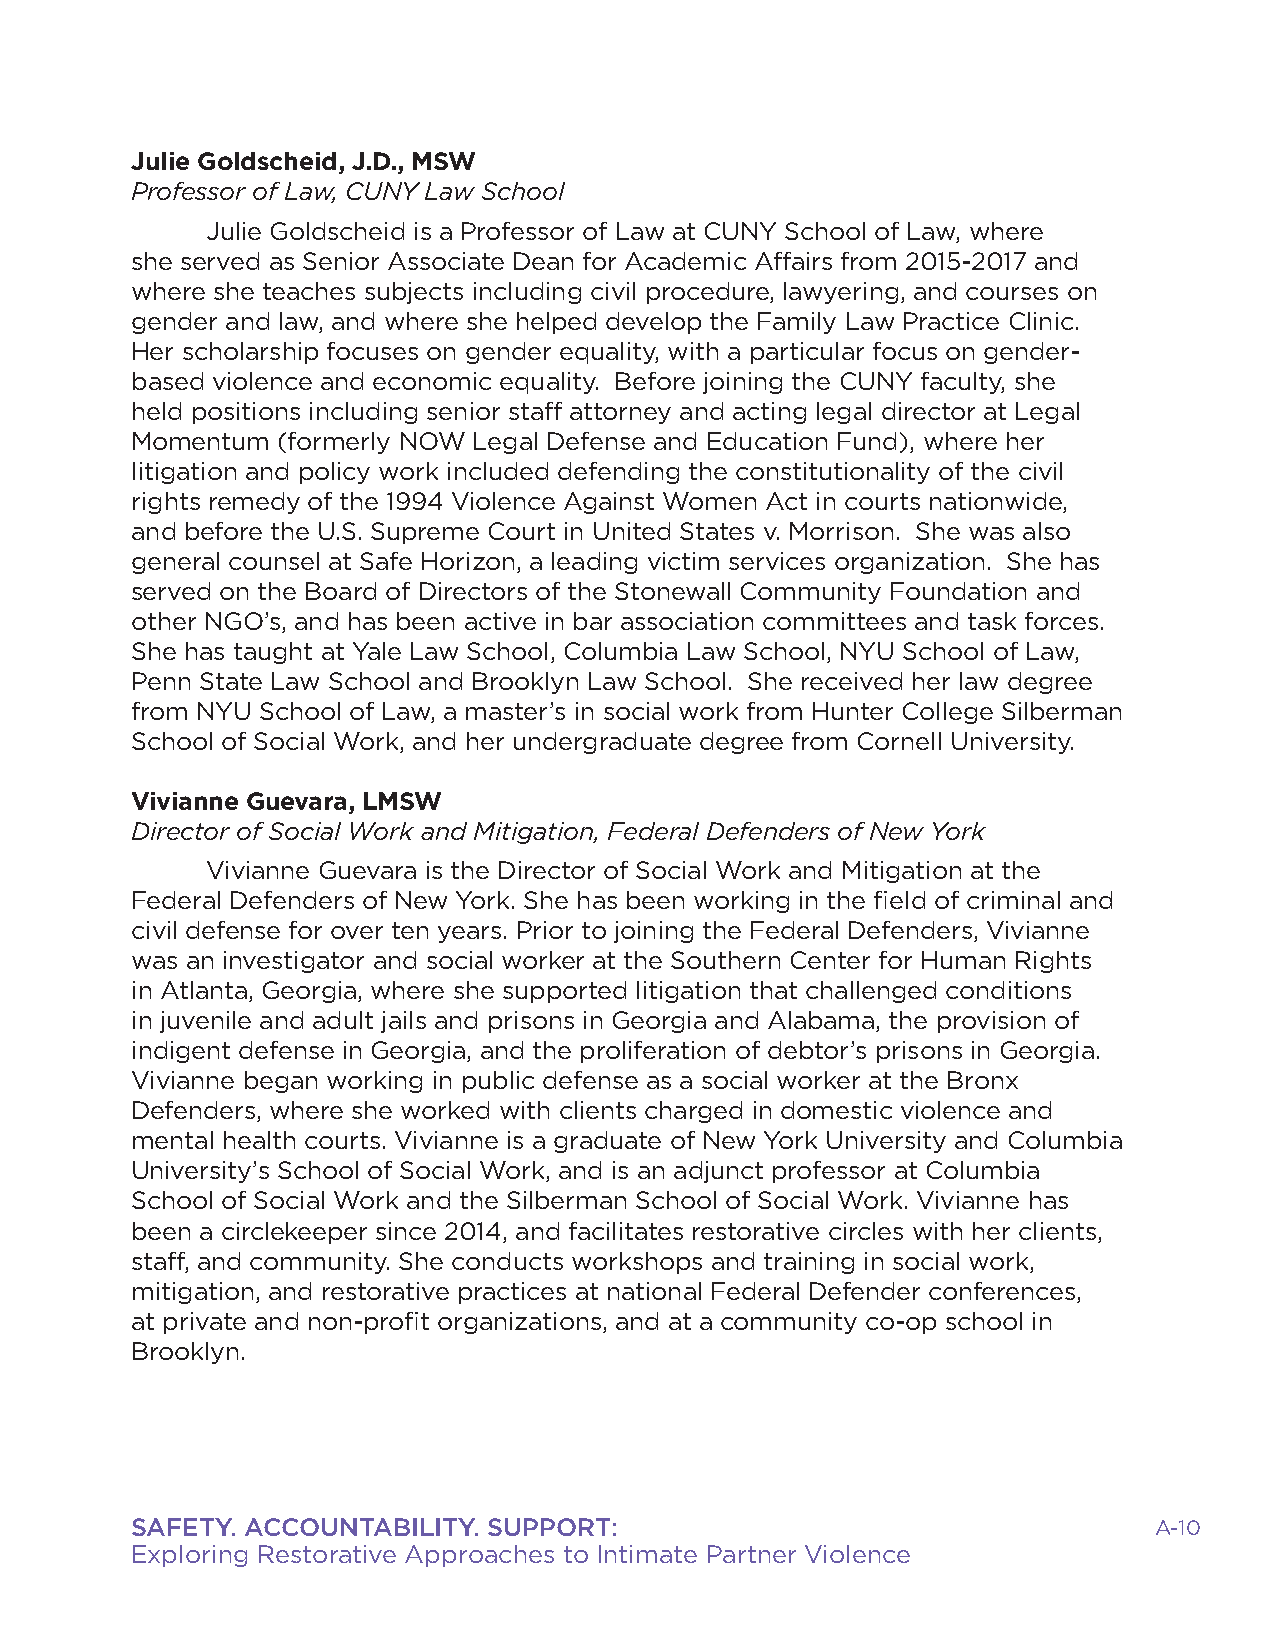
Julie Goldscheid, J.D., MSW
 Professor of Law, CUNY Law School
 Julie Goldscheid is a Professor of Law at CUNY School of Law, where
 she served as Senior Associate Dean for Academic Affairs from 2015-2017 and
 where she teaches subjects including civil procedure, lawyering, and courses on
 gender and law, and where she helped develop the Family Law Practice Clinic.
 Her scholarship focuses on gender equality, with a particular focus on gender-
 based violence and economic equality. Before joining the CUNY faculty, she
 held positions including senior staff attorney and acting legal director at Legal
 Momentum (formerly NOW Legal Defense and Education Fund), where her
 litigation and policy work included defending the constitutionality of the civil
 rights remedy of the 1994 Violence Against Women Act in courts nationwide,
 and before the U.S. Supreme Court in United States v. Morrison. She was also
 general counsel at Safe Horizon, a leading victim services organization. She has
 served on the Board of Directors of the Stonewall Community Foundation and
 other NGO’s, and has been active in bar association committees and task forces.
 She has taught at Yale Law School, Columbia Law School, NYU School of Law,
 Penn State Law School and Brooklyn Law School. She received her law degree
 from NYU School of Law, a master’s in social work from Hunter College Silberman
 School of Social Work, and her undergraduate degree from Cornell University.
 Vivianne Guevara, LMSW
 Director of Social Work and Mitigation, Federal Defenders of New York
 Vivianne Guevara is the Director of Social Work and Mitigation at the
 Federal Defenders of New York. She has been working in the field of criminal and
 civil defense for over ten years. Prior to joining the Federal Defenders, Vivianne
 was an investigator and social worker at the Southern Center for Human Rights
 in Atlanta, Georgia, where she supported litigation that challenged conditions
 in juvenile and adult jails and prisons in Georgia and Alabama, the provision of
 indigent defense in Georgia, and the proliferation of debtor’s prisons in Georgia.
 Vivianne began working in public defense as a social worker at the Bronx
 Defenders, where she worked with clients charged in domestic violence and
 mental health courts. Vivianne is a graduate of New York University and Columbia
 University’s School of Social Work, and is an adjunct professor at Columbia
 School of Social Work and the Silberman School of Social Work. Vivianne has
 been a circlekeeper since 2014, and facilitates restorative circles with her clients,
 staff, and community. She conducts workshops and training in social work,
 mitigation, and restorative practices at national Federal Defender conferences,
 at private and non-profit organizations, and at a community co-op school in
 Brooklyn.
 SAFETY. ACCOUNTABILITY. SUPPORT:                                   A-10
 Exploring Restorative Approaches to Intimate Partner Violence